Insane asylums in Bengal annual reports 1867-1875 - 1867-1875
Year: 1867
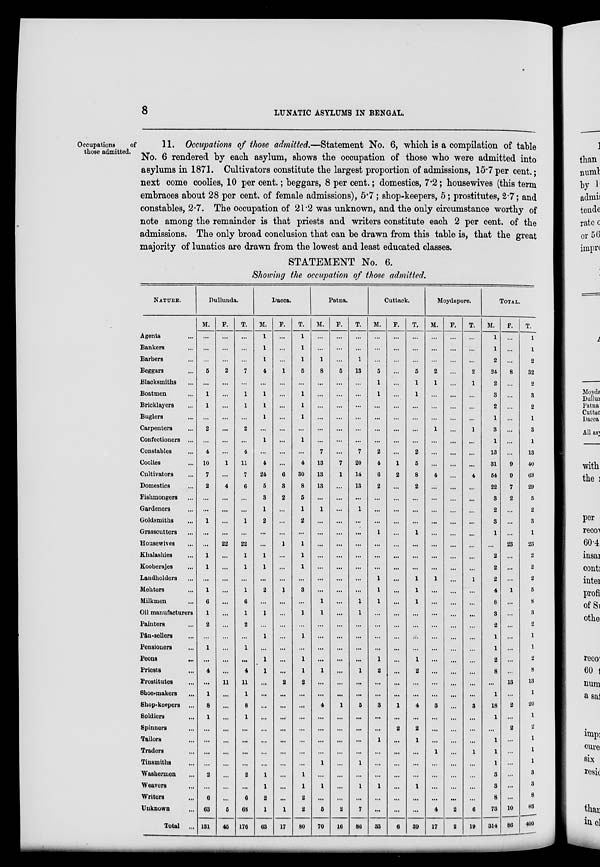
8
LUNATIC ASYLUMS IN BENGAL.
Occupations
of
those admitted.
11. Occupations of those admitted.—Statement No. 6, which is a compilation of table
No. 6 rendered by each asylum, shows the occupation of those who were admitted into
asylums in 1871. Cultivators constitute the largest proportion of admissions, 15.7 per cent.;
next come coolies, 10 per cent.; beggars, 8 per cent.; domestics, 7.2; housewives (this term
embraces about 28 per cent. of female admissions), 5.7; shop-keepers, 5; prostitutes, 2.7; and
constables, 2.7. The occupation of 21.2 was unknown, and the only circumstance worthy of
note among the remainder is that priests and writers constitute each 2 per cent. of the
admissions. The only broad conclusion that can be drawn from this table is, that the great
majority of lunatics are drawn from the lowest and least educated classes.
STATEMENT No. 6.
Showing the occupation of those admitted.
NATURE.
Agents ...
Bankers ...
Barbers ...
Beggars ...
Blacksmiths ...
Boatmen ...
Bricklayers ...
Buglers ...
Carpenters ...
Confectioners ...
Constables ...
Coolies ...
Cultivators ...
Domestics ...
Fishmongers ...
Gardeners ...
Goldsmiths ...
Grasscutters ...
Housewives ...
Khalashies ...
Kooberajes ...
Landholders ...
Mehters ...
Milkmen ...
Oil manufacturers
Painters ...
Pân-sellers ...
Pensioners...
Peons ...
Priests ...
Prostitutes ...
Shoe-makers ...
Shop-keepers ...
Soldiers ...
Spinners ...
Tailors ...
Traders ...
Tinsmiths ...
Washermen ...
Weavers ...
Writers ...
Unknown ...
Total ...
Dullunda.
M.
...
...
...
5
...
1
1
...
2
...
4
10
7
2
...
...
1
...
...
1
1
...
1
6
1
2
...
1
...
4
...
1
8
1
...
...
...
...
2
...
6
63
131
F.
...
...
...
2
...
...
...
...
...
...
...
1
...
4
...
...
...
...
22
...
...
...
...
...
...
...
...
...
...
...
11
...
...
...
...
...
...
...
...
...
...
5
45
T.
...
...
...
7
...
1
1
...
2
...
4
11
7
6
...
...
1
...
22
1
1
...
1
6
1
2
...
1
...
4
11
1
8
1
...
...
...
...
2
...
6
68
176
Dacca.
M.
1
1
1
4
...
1
1
1
...
1
...
4
24
5
3
1
2
...
...
1
1
...
2
...
1
...
1
...
1
1
...
...
...
...
...
...
...
...
1
1
2
1
63
F.
...
...
...
1
...
...
...
...
...
...
...
...
6
3
2
...
...
...
1
...
...
...
1
...
...
...
...
...
...
...
2
...
...
...
...
...
...
...
...
...
...
1
17
T.
1
1
1
5
...
1
1
1
...
1
...
4
30
8
5
1
2
...
1
1
1
...
3
...
1
...
1
...
1
1
2
...
...
...
...
...
...
...
1
1
2
2
80
Patna.
M.
...
...
1
8
...
...
...
...
...
...
7
13
13
13
...
1
...
...
...
...
...
...
...
1
1
...
...
...
...
1
...
...
4
...
...
...
...
1
...
1
...
5
70
F.
...
...
...
5
...
...
...
...
...
...
...
7
1
...
...
...
...
...
...
...
...
...
...
...
...
...
...
...
...
...
...
...
1
...
...
...
...
...
...
...
...
2
16
T.
...
...
1
13
...
...
...
...
...
...
7
20
14
13
...
1
...
...
...
...
...
...
...
1
1
...
...
...
...
1
...
...
5
...
...
...
...
1
...
1
...
7
86
Cuttack.
M.
...
...
...
5
1
1
...
...
...
...
2
4
6
2
...
...
...
1
...
...
...
1
1
1
...
...
...
...
1
2
...
...
3
...
...
1
...
...
...
1
...
...
33
F.
...
...
...
...
...
...
...
...
...
...
...
1
2
...
...
...
...
...
...
...
...
...
...
...
...
...
...
...
...
...
...
...
1
...
2
...
...
...
...
...
...
...
6
T.
...
...
...
5
1
1
...
...
...
...
2
5
8
2
...
...
...
1
...
...
...
1
1
1
...
...
...
...
1
2
...
...
4
...
2
1
...
...
...
1
...
...
39
Moydapore.
M.
...
...
...
2
1
...
...
...
1
...
...
...
4
...
...
...
...
...
...
...
...
1
...
...
...
...
...
...
...
...
...
...
3
...
...
...
1
...
...
...
...
4
17
F.
...
...
...
...
...
...
...
...
...
...
...
...
...
...
...
...
...
...
...
...
...
...
...
...
...
...
...
...
...
...
...
...
...
...
...
...
...
...
...
...
...
2
2
T.
...
...
...
2
1
...
...
...
1
...
...
...
4
...
...
...
...
...
...
...
...
1
...
...
...
...
...
...
...
...
...
...
3
...
...
...
1
...
...
...
...
6
19
TOTAL.
M.
1
1
2
24
2
3
2
1
3
1
13
31
54
22
3
2
3
1
...
2
2
2
4
8
3
2
1
1
2
8
...
1
18
1
...
1
1
1
3
3
8
73
314
F.
...
...
...
8
...
...
...
...
...
...
...
9
9
7
2
...
...
...
23
...
...
...
1
...
...
...
...
...
...
...
13
...
2
...
2
...
...
...
...
...
...
10
86
T.
1
1
2
32
2
3
2
1
3
1
13
40
63
29
5
2
3
1
23
2
2
2
5
8
3
2
1
1
2
8
13
1
20
1
2
1
1
1
3
3
8
83
400